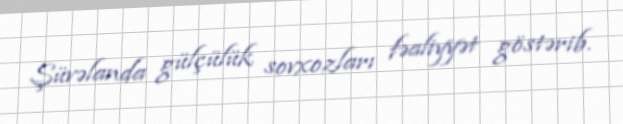
Şüvəlanda gülçülük sovxozları fəaliyyət göstərib.